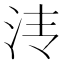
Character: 𰛓